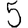
Digit: 5